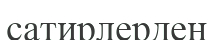
сатирлерден